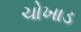
ચોખાડ